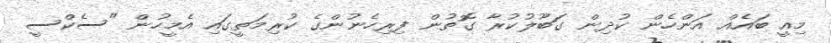
މިއީ ބައެއް އަންހެން ކުދިން ގަބޫލުކުރާ ގޮތުން ފިރިހެނުންގެ ކުރިމަތީގައި އެމީހުން "ސެކްސީ